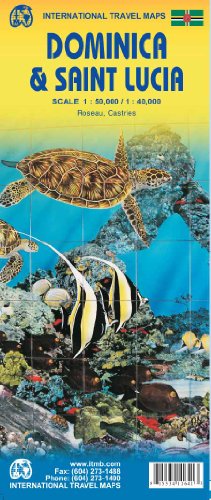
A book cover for Dominica & Saint Lucia Island 1:50,000/1:40,000 ITM (International Travel Maps); ITMB Publishing LTD; Travel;